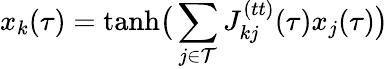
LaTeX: x_{k}(\tau)=\mathrm{tanh}\big(\sum_{j\in\mathcal{T}}J_{kj}^{(tt)}(\tau)x_{j}(\tau)\big)